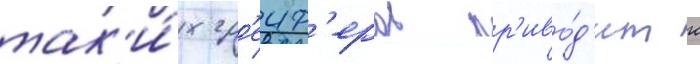
так'и́х гр'еиф'еров пр'иво́д'ит к